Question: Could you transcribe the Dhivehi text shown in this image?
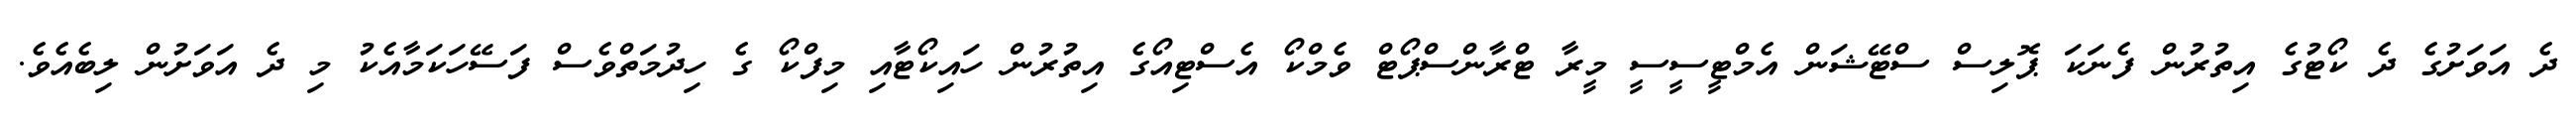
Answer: ދެ އަވަށުގެ ދެ ކޯޓުގެ އިތުރުން ފެނަކަ ޕޮލިސް ސްޓޭޝަން އެމްޓީސީސީ މީރާ ޓްރާންސްޕޯޓް ވެމްކޯ އެސްޓިއޯގެ އިތުރުން ހައިކޯޓާއި މިފްކޯ ގެ ހިދުމަތްވެސް ފަސޭހަކަމާއެކު މި ދެ އަވަށުން ލިބެއެވެ.